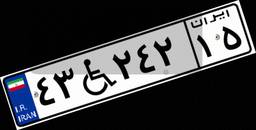
۸۰W۷۲۸۷۷